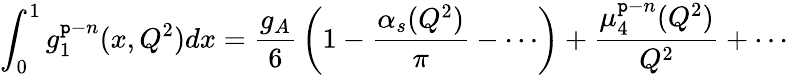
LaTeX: \int_{0}^{1}g_{1}^{\mathtt{p}-n}(x,Q^{2})dx={\frac{{g_{A}}}{{6}}}\left(1-{\frac{{\alpha_{s}(Q^{2})}}{{\pi}}}-\cdots\right)+{\frac{{\mu_{4}^{\mathtt{p}-n}(Q^{2})}}{{Q^{2}}}}+\cdots